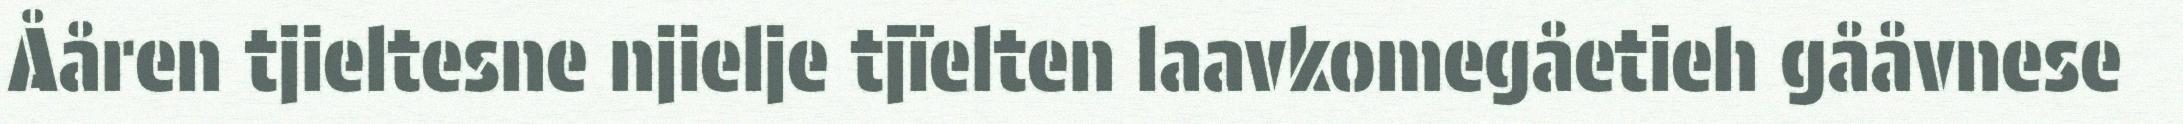
Ååren tjieltesne njielje tjïelten laavkomegåetieh gååvnese